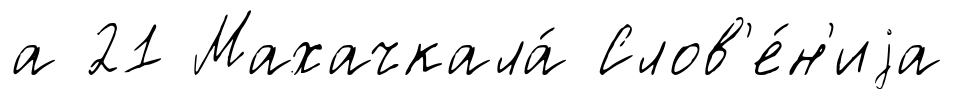
а 21 Махачкала́ Слов'е́н'иjа